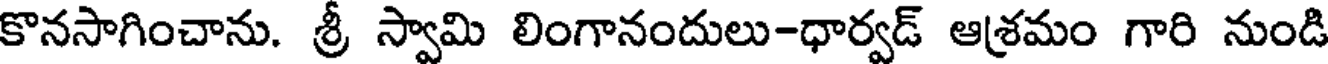
కొనసాగించాను. శ్రీ స్వామి లింగానందులు-ధార్వడ్ ఆశ్రమం గారి నుండి